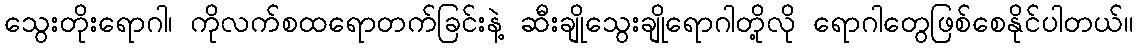
သွေးတိုးရောဂါ၊ ကိုလက်စထရောတက်ခြင်းနဲ့ ဆီးချိုသွေးချိုရောဂါတို့လို ရောဂါတွေဖြစ်စေနိုင်ပါတယ်။